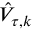
\hat { V } _ { \tau , k }